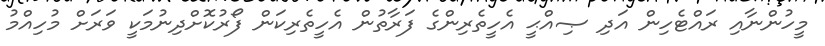
މީހުންނާއި ރައްޓެހިން އަދި ޞިއްޙީ އެހީތެރިންގެ ފަރާތުން އެހީތެރިކަން ފޯރުކޮށްދިނުމަކީ ވަރަށް މުހިއްމު